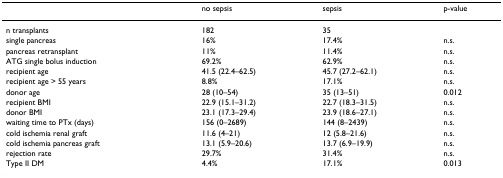
|  | no sepsis | sepsis | p-value |
 | --- | --- | --- | --- |
 | n transplants | 182 | 35 |  |
 | single pancreas | 16% | 17.4% | n.s. |
 | pancreas retransplant | 11% | 11.4% | n.s. |
 | ATG single bolus induction | 69.2% | 62.9% | n.s. |
 | recipient age | 41.5 (22.4–62.5) | 45.7 (27.2–62.1) | n.s. |
 | recipient age > 55 years | 8.8% | 17.1% | n.s. |
 | donor age | 28 (10–54) | 35 (13–51) | 0.012 |
 | recipient BMI | 22.9 (15.1–31.2) | 22.7 (18.3–31.5) | n.s. |
 | donor BMI | 23.1 (17.3–29.4) | 23.9 (18.6–27.1) | n.s. |
 | waiting time to PTx (days) | 156 (0–2689) | 144 (8–2439) | n.s. |
 | cold ischemia renal graft | 11.6 (4–21) | 12 (5.8–21.6) | n.s. |
 | cold ischemia pancreas graft | 13.1 (5.9–20.6) | 13.7 (6.9–19.9) | n.s. |
 | rejection rate | 29.7% | 31.4% | n.s. |
 | Type II DM | 4.4% | 17.1% | 0.013 |